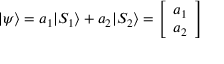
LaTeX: | \psi \rangle = a _ { 1 } | S _ { 1 } \rangle + a _ { 2 } | S _ { 2 } \rangle = { \left[ \begin{array} { l } { a _ { 1 } } \\ { a _ { 2 } } \end{array} \right] }